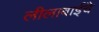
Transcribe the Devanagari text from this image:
लीलाबाईंचे